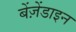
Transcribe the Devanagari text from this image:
बेंज़ेंडाइन